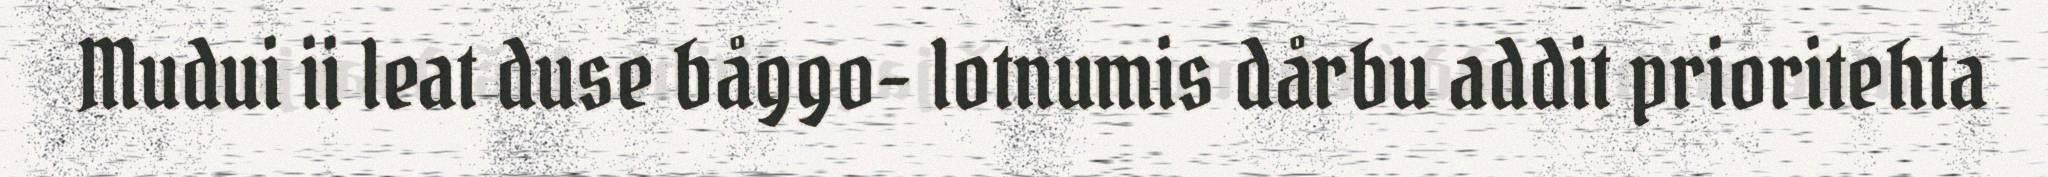
Mudui ii leat duse båggo- lotnumis dårbu addit prioritehta